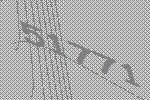
51771